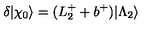
\delta | \chi _ { 0 } \rangle = ( L _ { 2 } ^ { + } + b ^ { + } ) | \Lambda _ { 2 } \rangle